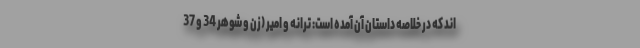
اند که در خلاصه داستان آن آمده است: ترانه و امیر (زن و شوهر 34 و 37